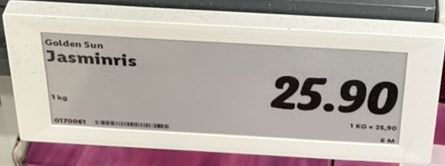
Vara: Jasminris
Genomsnittspris: 25.9 per kg